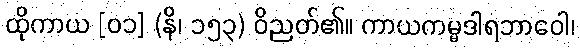
ထိုကာယ [၀၁] (နိ၊ ၁၅၃) ဝိညတ်၏။ ကာယကမ္မဒါရဘာဝေါ၊